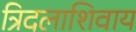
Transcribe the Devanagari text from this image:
त्रिदलाशिवाय